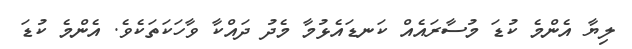
ލިޔާ އެންމެ ކުޑަ މުސާރައެއް ކަނޑައެޅުމާ މެދު ދައްކާ ވާހަކަތަކެވެ. އެންމެ ކުޑަ